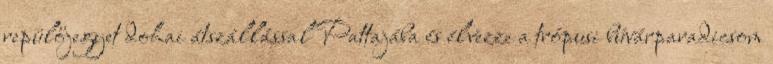
repülőjegyet dohai átszállással Pattajába és élvezze a trópusi búvárparadicsom